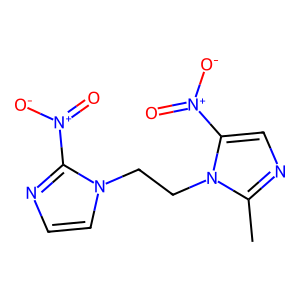
SMILES: Cc1ncc([N+](=O)[O-])n1CCn1ccnc1[N+](=O)[O-]
Inhibits HIV replication: No